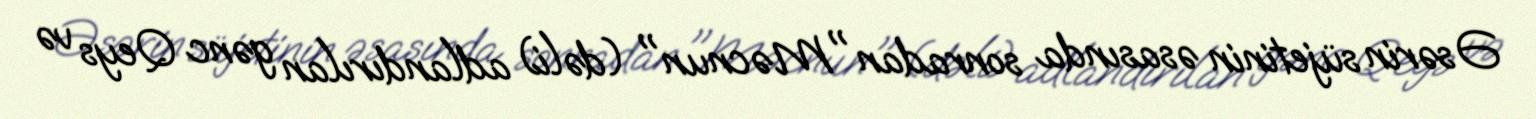
Əsərin süjetinin əsasında sonradan "Məcnun" (dəli) adlandırılan gənc Qeys və